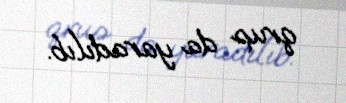
qrup da yaradılıb.